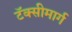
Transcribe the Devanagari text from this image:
टॅक्सीमार्ग